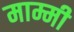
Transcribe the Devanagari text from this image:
माम्मी